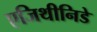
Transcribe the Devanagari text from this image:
एजिथीनिडे